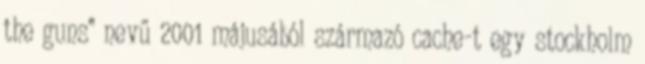
the guns” nevű 2001 májusából származó cache-t egy stockholm